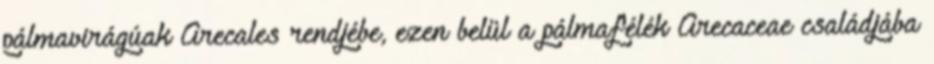
pálmavirágúak Arecales rendjébe, ezen belül a pálmafélék Arecaceae családjába